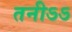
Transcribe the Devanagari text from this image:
तनीऽऽ